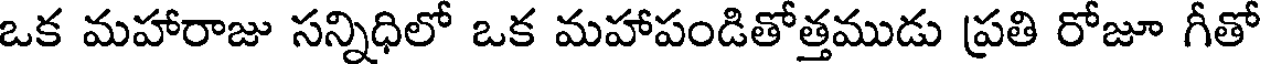
ఒక మహారాజు సన్నిధిలో ఒక మహాపండితోత్తముడు ప్రతి రోజూ గీతో